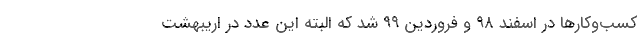
کسب‌وکارها در اسفند ۹۸ و فروردین ۹۹ شد که البته این عدد در اریبهشت